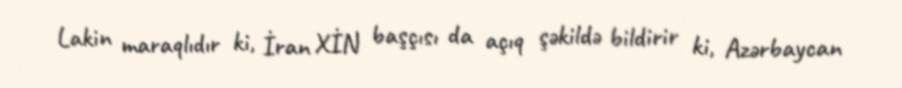
Lakin maraqlıdır ki, İran XİN başçısı da açıq şəkildə bildirir ki, Azərbaycan